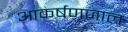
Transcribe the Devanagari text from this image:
आकर्षणजाल